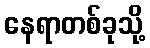
နေရာတစ်ခုသို့